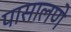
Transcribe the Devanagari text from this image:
पासालणे